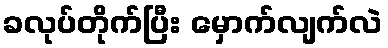
ခလုပ်တိုက်ပြီး မှောက်လျက်လဲ